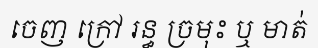
ចេញ ក្រៅ រន្ធ ច្រមុះ ឬ មាត់